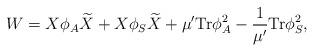
LaTeX: \begin{align*}W = X \phi_A {\widetilde X} + X \phi_S {\widetilde X} + \mu' \mbox{Tr}\phi_A^2 - \frac{1}{\mu'} \mbox{Tr} \phi_S^2,\end{align*}